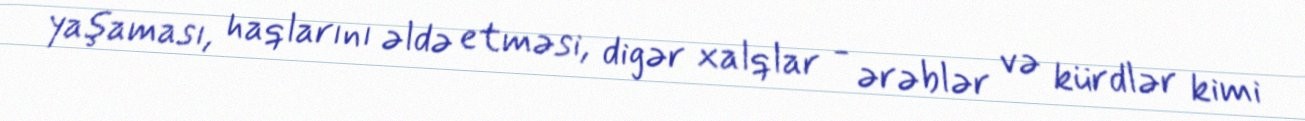
yaşaması, haqlarını əldə etməsi, digər xalqlar - ərəblər və kürdlər kimi